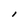
Character: l